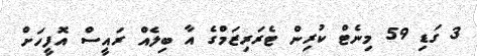
3 ގަޑި 59 މިނެޓް ކުރިން ޓެރަރިޒަމްގެ އާ ބިލެއް ރައީސް އޮފީހަށް